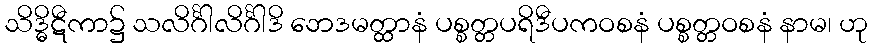
သိဒ္ဓိဋီကာ၌ သလိင်္ဂါလိင်္ဂါဒိ ဘေဒမတ္ထာနံ ပစ္စတ္တပရိဒီပကဝစနံ ပစ္စတ္တဝစနံ နာမ၊ ဟု